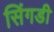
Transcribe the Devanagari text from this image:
सिंगडी